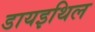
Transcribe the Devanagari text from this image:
डायइथिल